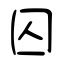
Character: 囚